Plague in India, 1896, 1897 - Volume 2
Year: 1896
Disease focus: Plague
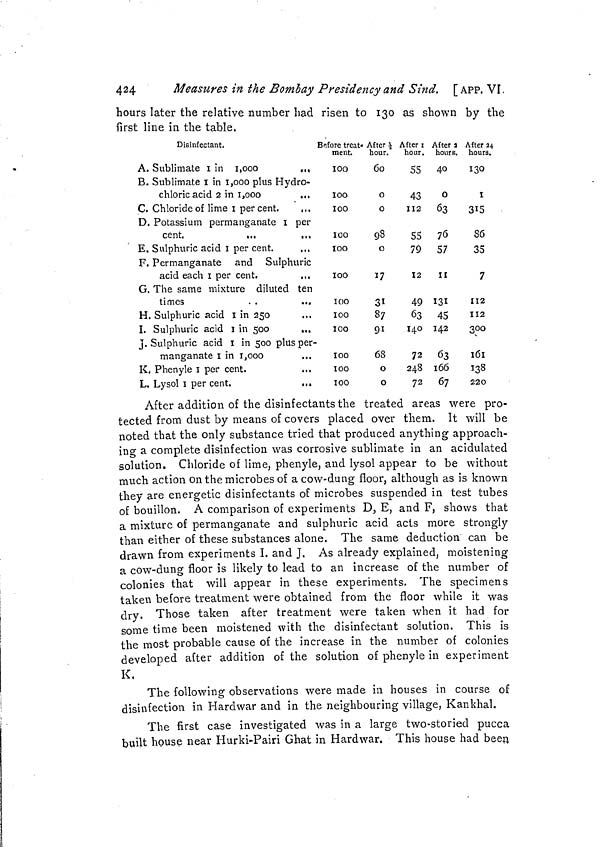
424
Measures in the Bombay Presidency and Sind. [APP. VI.
hours later the relative number had risen to 130 as shown by the
first line in the table.
Disinfectant.
A. Sublimate I in 1,000
,,,
B. Sublimate I in 1,000 plus Hydro-
chloric acid 2 in 1,000
...
C. Chloride of lime 1 percent.
...
D. Potassium permanganate 1 per
cent.
...
,,.
E. Sulphuric acid I per cent.
,.,
F. Permanganate and Sulphuric
acid each I per cent.
G. The same mixture diluted ten
times
. .
...
H. Sulphuric acid I in 250
I. Sulphuric acid I in 500
...
J. Sulphuric acid I in 500 plus per-
manganate 1 in 1,000
K. Phenyle I per cent.
...
L. Lysol 1 per cent.
...
Before treat.
ment.
100
100
100
100
100
100
IOO
100
IOO
100
100
100
After \
hour.
60
O
O
98
o
17
31
87
91
68
o
o
After 1
hour.
55
43
112
55
79
12
49
63
140
72
248
72
After a
hours.
40
O
63
76
57
II
131
45
142
63
1 66
67
After 24
hours.
130
I
315
86
35
7
112
112
300
161
138
220
After addition of the disinfectants the treated areas were pro-
tected from dust by means of covers placed over them. It will be
noted that the only substance tried that produced anything approach-
ing a complete disinfection was corrosive sublimate in an acidulated
solution. Chloride of lime, phenyle, and lysol appear to be without
much action on the microbes of a cow-dung floor, although as is known
they are energetic disinfectants of microbes suspended in test tubes
of bouillon. A comparison of experiments D, E, and F, shows that
a mixture of permanganate and sulphuric acid acts more strongly
than either of these substances alone. The same deduction can be
drawn from experiments I. and J. As already explained, moistening
a cow-dung floor is likely to lead to an increase of the number of
colonies that will appear in these experiments. The specimens
taken before treatment were obtained from the floor while it was
dry. Those taken after treatment were taken when it had for
some time been moistened with the disinfectant solution. This is
the most probable cause of the increase in the number of colonies
developed after addition of the solution of phenyle in experiment
K,
The following observations were made in houses in course of
disinfection in Hardwar and in the neighbouring village, Kankhal.
The first case investigated was in a large two-storied pucca
built house near Hurki-Pairi Ghat in Hardwar. This house had been